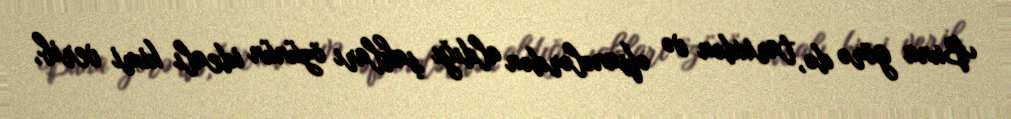
Buna görə də, tarixdən və əfsanələrdən aldığı şahları özünün idealı kimi verib,